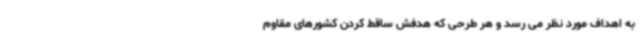
به اهداف مورد نظر می رسد و هر طرحی که هدفش ساقط کردن کشورهای مقاوم